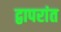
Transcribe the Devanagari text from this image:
द्वापरांत